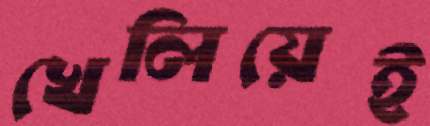
খেলিয়েই